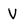
Character: V